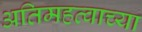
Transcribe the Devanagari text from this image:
अतिमहत्वाच्या